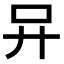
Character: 𠮽